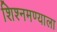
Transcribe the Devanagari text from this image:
शिश्नमण्याला